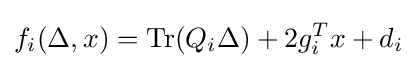
f_{i}(\Delta ,x)=\operatorname {Tr} (Q_{i}\Delta )+2g_{i}^{T}x+d_{i}